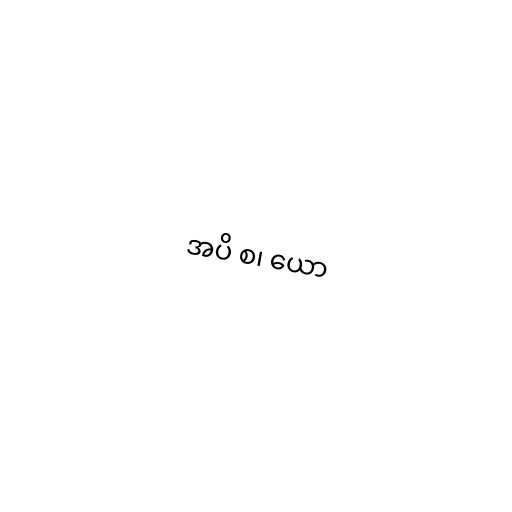
အပိ စ၊ ယော